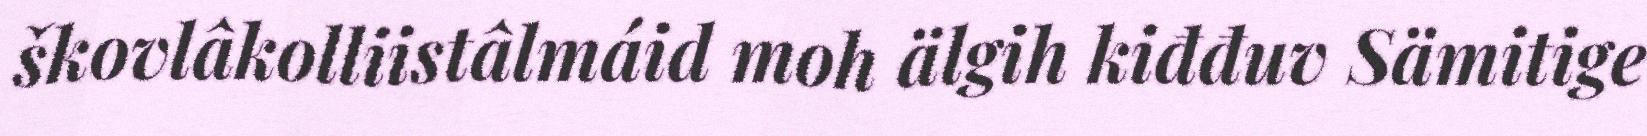
škovlâkolliistâlmáid moh älgih kiđđuv Sämitige